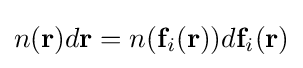
n(\mathbf {r} )d\mathbf {r} =n(\mathbf {f} _{i}(\mathbf {r} ))d\mathbf {f} _{i}(\mathbf {r} )